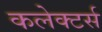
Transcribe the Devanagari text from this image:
कलेक्‍टर्स